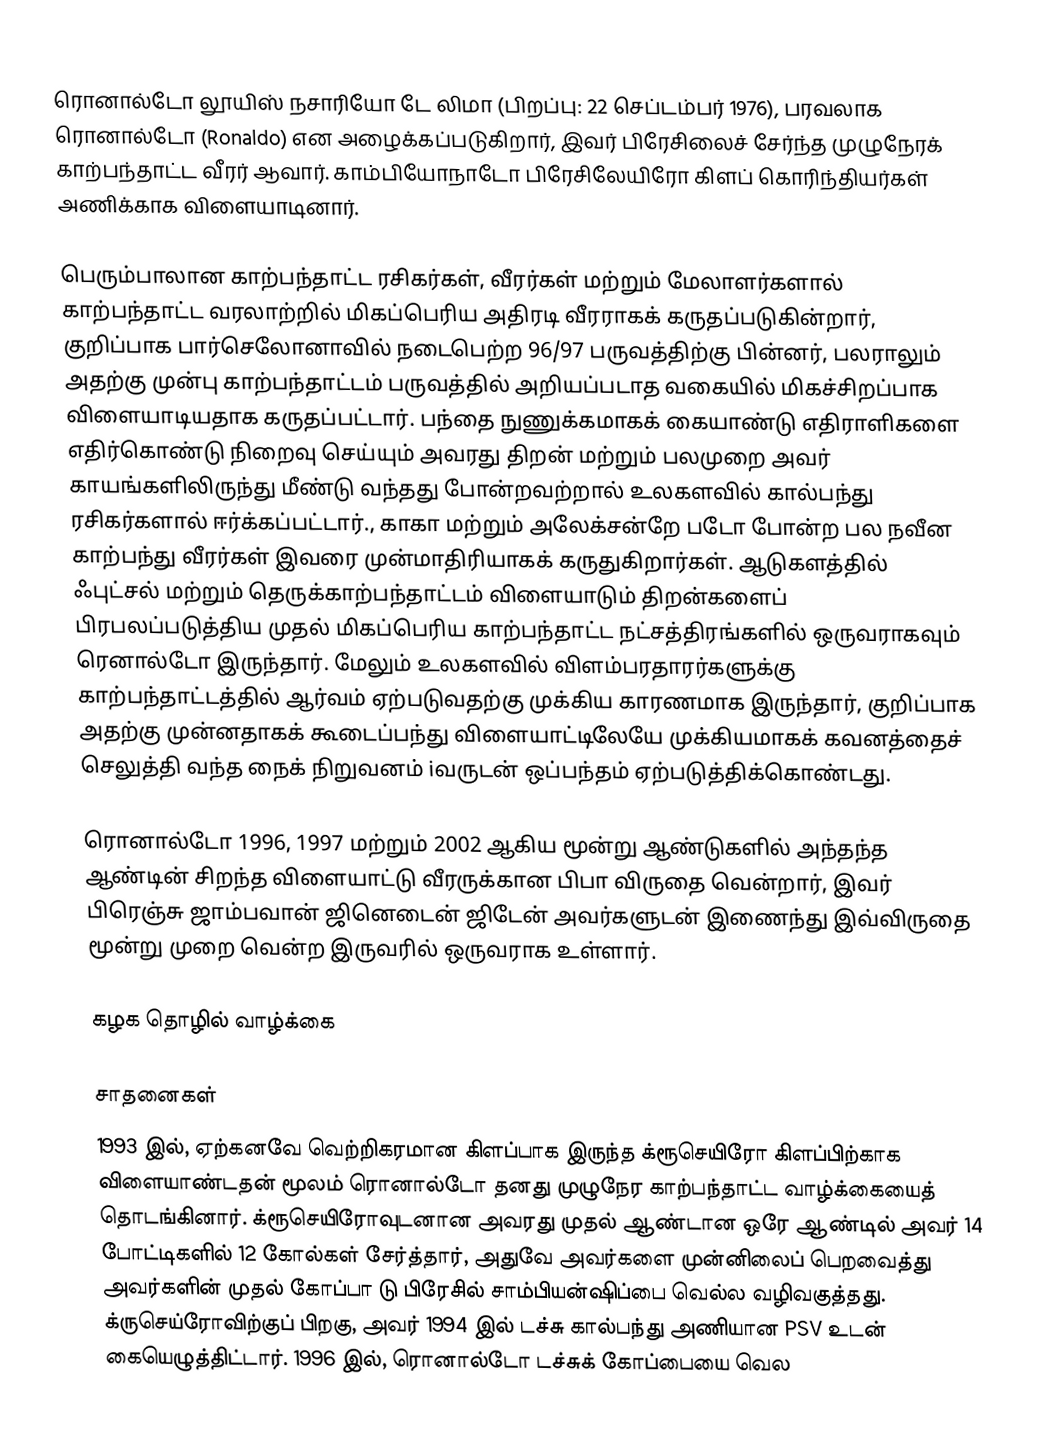
ரொனால்டோ லூயிஸ் நசாரியோ டே லிமா (பிறப்பு: 22 செப்டம்பர் 1976), பரவலாக ரொனால்டோ (Ronaldo) என அழைக்கப்படுகிறார், இவர் பிரேசிலைச் சேர்ந்த முழுநேரக் காற்பந்தாட்ட வீரர் ஆவார். காம்பியோநாடோ பிரேசிலேயிரோ கிளப் கொரிந்தியர்கள் அணிக்காக விளையாடினார்.

பெரும்பாலான காற்பந்தாட்ட ரசிகர்கள், வீரர்கள் மற்றும் மேலாளர்களால் காற்பந்தாட்ட வரலாற்றில் மிகப்பெரிய அதிரடி வீரராகக் கருதப்படுகின்றார், குறிப்பாக பார்செலோனாவில் நடைபெற்ற 96/97 பருவத்திற்கு பின்னர், பலராலும் அதற்கு முன்பு காற்பந்தாட்டம் பருவத்தில் அறியப்படாத வகையில் மிகச்சிறப்பாக விளையாடியதாக கருதப்பட்டார். பந்தை நுணுக்கமாகக் கையாண்டு எதிராளிகளை எதிர்கொண்டு நிறைவு செய்யும் அவரது திறன் மற்றும் பலமுறை அவர் காயங்களிலிருந்து மீண்டு வந்தது போன்றவற்றால் உலகளவில் கால்பந்து ரசிகர்களால் ஈர்க்கப்பட்டார்., காகா மற்றும் அலேக்சன்றே படோ போன்ற பல நவீன காற்பந்து  வீரர்கள் இவரை முன்மாதிரியாகக் கருதுகிறார்கள். ஆடுகளத்தில் ஃபுட்சல் மற்றும் தெருக்காற்பந்தாட்டம் விளையாடும் திறன்களைப் பிரபலப்படுத்திய முதல் மிகப்பெரிய காற்பந்தாட்ட நட்சத்திரங்களில் ஒருவராகவும் ரெனால்டோ இருந்தார். மேலும்  உலகளவில் விளம்பரதாரர்களுக்கு காற்பந்தாட்டத்தில் ஆர்வம் ஏற்படுவதற்கு முக்கிய காரணமாக இருந்தார், குறிப்பாக அதற்கு முன்னதாகக் கூடைப்பந்து விளையாட்டிலேயே முக்கியமாகக் கவனத்தைச் செலுத்தி வந்த நைக் நிறுவனம் iவருடன் ஒப்பந்தம் ஏற்படுத்திக்கொண்டது.

ரொனால்டோ 1996, 1997 மற்றும் 2002 ஆகிய மூன்று ஆண்டுகளில் அந்தந்த ஆண்டின் சிறந்த விளையாட்டு வீரருக்கான பிபா விருதை வென்றார், இவர் பிரெஞ்சு ஜாம்பவான் ஜினெடைன் ஜிடேன் அவர்களுடன் இணைந்து இவ்விருதை மூன்று முறை வென்ற இருவரில் ஒருவராக உள்ளார்.

கழக தொழில் வாழ்க்கை

சாதனைகள்
1993 இல், ஏற்கனவே வெற்றிகரமான கிளப்பாக இருந்த க்ரூசெயிரோ கிளப்பிற்காக விளையாண்டதன் மூலம் ரொனால்டோ தனது முழுநேர காற்பந்தாட்ட வாழ்க்கையைத் தொடங்கினார். க்ரூசெயிரோவுடனான அவரது முதல் ஆண்டான ஒரே ஆண்டில் அவர் 14 போட்டிகளில் 12 கோல்கள் சேர்த்தார், அதுவே அவர்களை முன்னிலைப் பெறவைத்து அவர்களின் முதல் கோப்பா டு பிரேசில் சாம்பியன்ஷிப்பை வெல்ல வழிவகுத்தது. க்ருசெய்ரோவிற்குப் பிறகு, அவர் 1994 இல் டச்சு கால்பந்து அணியான PSV உடன் கையெழுத்திட்டார். 1996 இல், ரொனால்டோ டச்சுக் கோப்பையை வெல